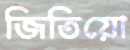
জিতিয়ো